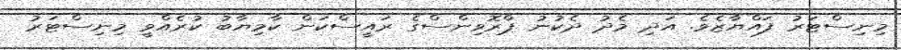
މިނިސްޓަރު ފައްޔާޒެވެ. އަދި މެދު ދެކުނު ޕްރޮވިންސްގެ ރައީސްކަން ކާމިޔާބު ކުރެއްވީ މިނިސްޓަރު